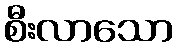
စီးလာသော